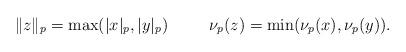
LaTeX: \begin{align*}\Vert z\Vert_p=\max(|x|_p,|y|_p)\hskip 30pt \nu_p(z)=\min(\nu_p(x),\nu_p(y)).\end{align*}